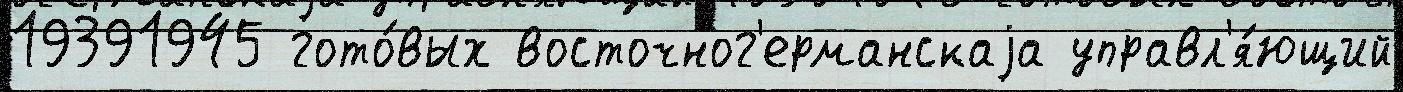
19391945 гото́вых восточног'ерманскаjа управл'я́ющий